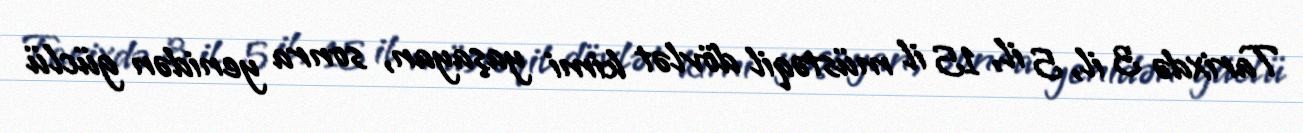
Tarixdə 3 il, 5 il, 15 il müstəqil dövlət kimi yaşayan, sonra yenidən güclü